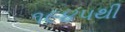
૧૯૪૫થી